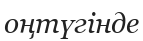
оңтүгінде